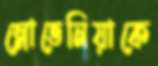
স্লোভেনিয়াকে